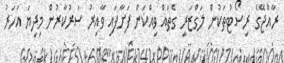
ރާއްޖޭގެ ރިސޯޓުތަކުން ލަގްޒަރީ ގެތައް ވިއްކަން ފަށާފައި ވާއިރު ސަރުކާރުން މިދިޔަ އަހަރު